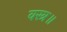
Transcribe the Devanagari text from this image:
वस्त्र॥